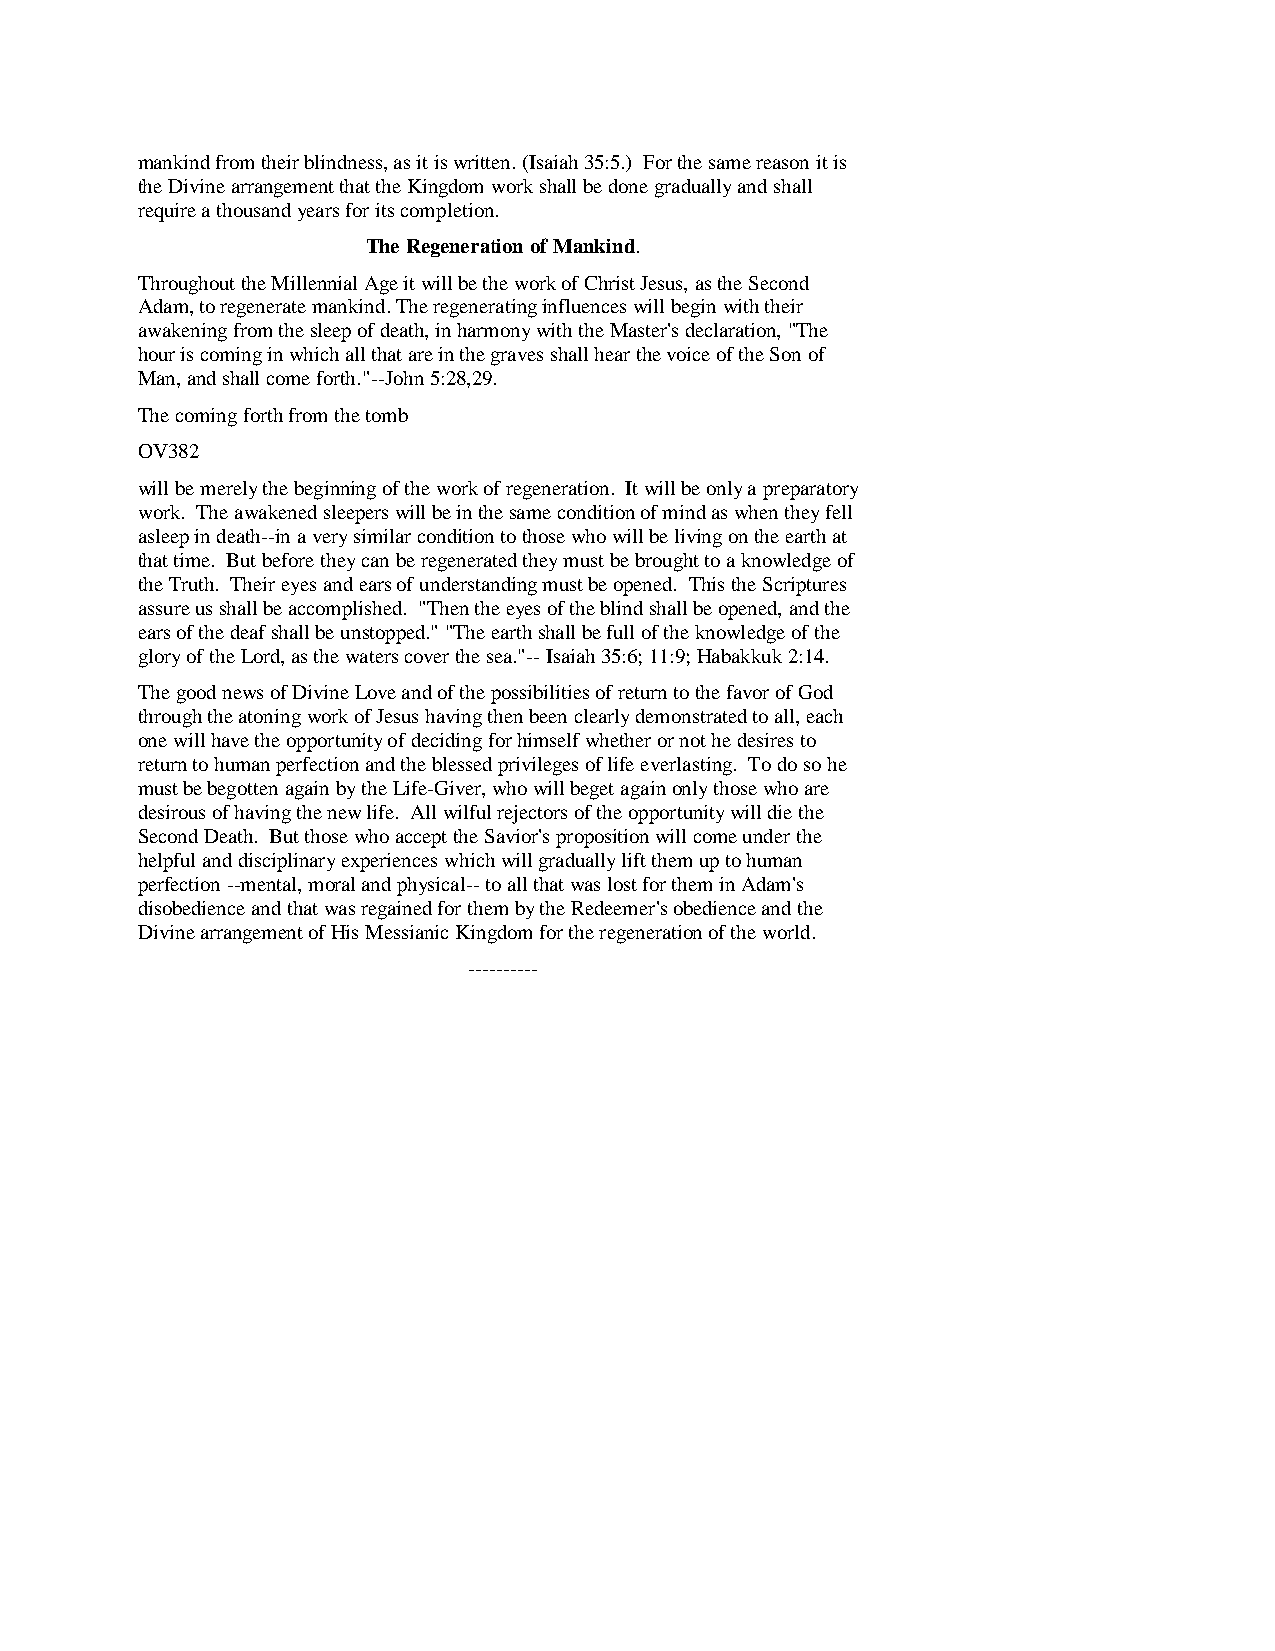
mankind from their blindness, as it is written. (Isaiah 35:5.) For the same reason it is
 the Divine arrangement that the Kingdom work shall be done gradually and shall
 require a thousand years for its completion.
 The Regeneration of Mankind.
 Throughout the Millennial Age it will be the work of Christ Jesus, as the Second
 Adam, to regenerate mankind. The regenerating influences will begin with their
 awakening from the sleep of death, in harmony with the Master's declaration, "The
 hour is coming in which all that are in the graves shall hear the voice of the Son of
 Man, and shall come forth."--John 5:28,29.
 The coming forth from the tomb
 OV382
 will be merely the beginning of the work of regeneration. It will be only a preparatory
 work. The awakened sleepers will be in the same condition of mind as when they fell
 asleep in death--in a very similar condition to those who will be living on the earth at
 that time. But before they can be regenerated they must be brought to a knowledge of
 the Truth. Their eyes and ears of understanding must be opened. This the Scriptures
 assure us shall be accomplished. "Then the eyes of the blind shall be opened, and the
 ears of the deaf shall be unstopped." "The earth shall be full of the knowledge of the
 glory of the Lord, as the waters cover the sea."-- Isaiah 35:6; 11:9; Habakkuk 2:14.
 The good news of Divine Love and of the possibilities of return to the favor of God
 through the atoning work of Jesus having then been clearly demonstrated to all, each
 one will have the opportunity of deciding for himself whether or not he desires to
 return to human perfection and the blessed privileges of life everlasting. To do so he
 must be begotten again by the Life-Giver, who will beget again only those who are
 desirous of having the new life. All wilful rejectors of the opportunity will die the
 Second Death. But those who accept the Savior's proposition will come under the
 helpful and disciplinary experiences which will gradually lift them up to human
 perfection --mental, moral and physical-- to all that was lost for them in Adam's
 disobedience and that was regained for them by the Redeemer's obedience and the
 Divine arrangement of His Messianic Kingdom for the regeneration of the world.
 ----------